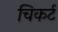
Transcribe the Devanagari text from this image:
चिकर्ट